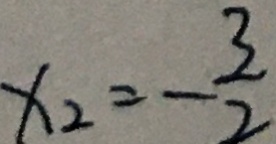
x _ { 2 } = - \frac { 3 } { 2 }